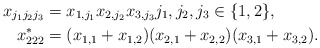
\begin{align*}x_{j_1j_2j_3} &= x_{1,j_1}x_{2,j_2}x_{3,j_3} j_1,j_2,j_3\in\{1,2\},\\x_{222}^* &= (x_{1,1}+x_{1,2})(x_{2,1}+x_{2,2})(x_{3,1}+x_{3,2}).\end{align*}